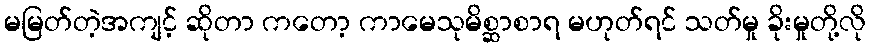
မမြတ်တဲ့အကျင့် ဆိုတာ ကတော့ ကာမေသုမိစ္ဆာစာရ မဟုတ်ရင် သတ်မှု ခိုးမှုတို့လို